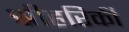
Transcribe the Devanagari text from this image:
श्रीहरिकी